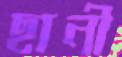
ছানী